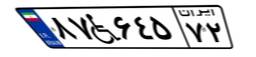
۹۶W۷۷۷۶۲